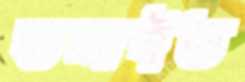
ডলাইত